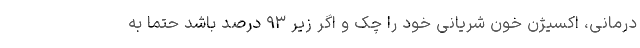
درمانی، اکسیژن خون شریانی خود را چک و اگر زیر ۹۳ درصد باشد حتما به